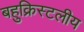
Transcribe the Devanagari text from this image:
बहुक्रिस्टलीय